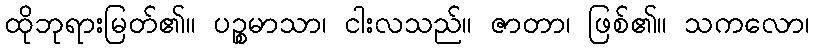
ထိုဘုရားမြတ်၏။ ပဉ္စမာသာ၊ ငါးလသည်။ ဇာတာ၊ ဖြစ်၏။ သကလော၊